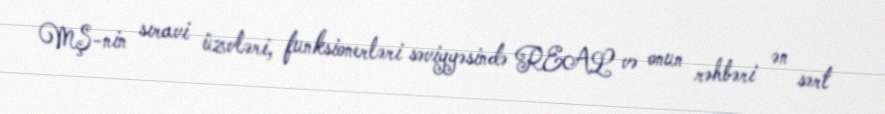
MŞ-nin sıravi üzvləri, funksionerləri səviyyəsində REAL və onun rəhbəri ən sərt